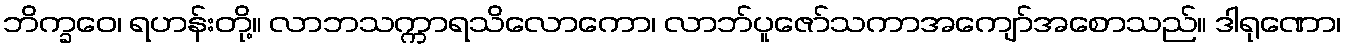
ဘိက္ခဝေ၊ ရဟန်းတို့။ လာဘသက္ကာရသိလောကော၊ လာဘ်ပူဇော်သကာအကျော်အစောသည်။ ဒါရုဏော၊